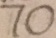
7 0